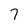
Character: 7